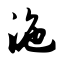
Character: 沲